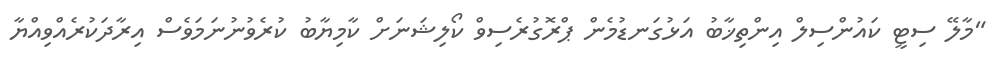
"މާލޭ ސިޓީ ކައުންސިލް އިންތިޚާބު އަޅުގަނޑުމެން ޕްރޮގުރެސިވް ކޯލިޝަނަށް ކާމިޔާބު ކުރެވުނުނަމަވެސް އިރާދަކުރެއްވިއްޔާ